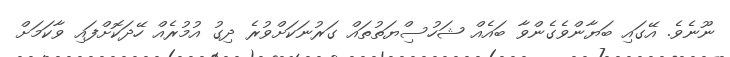
ނޫނެވެ. އޭގައި ބަޔާންވެގެންވާ ބައެއް ޝަހުސިްޔަތުތައް ގަރުނަކަށްވުރެ ދިގު އުމުރެއް ހޭދަކޮށްފައި ވާކަމަށް